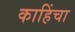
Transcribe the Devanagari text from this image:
काहिंचा